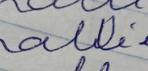
Signature authenticity: forged